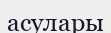
асулары